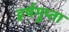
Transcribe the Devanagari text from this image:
हर्षगुप्ता